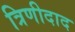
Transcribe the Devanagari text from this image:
त्रिणीदाद